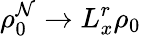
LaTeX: \rho_{0}^{\mathcal{N}}\xrightarrow{{}}{{L_{x}^{r}}}\rho_{0}